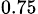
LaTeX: _{0.75}